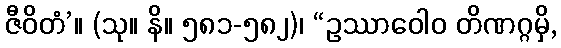
ဇီဝိတံ’။ (သု။ နိ။ ၅၈၁-၅၈၂)၊ “ဥဿာဝေါဝ တိဏဂ္ဂမှိ,